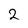
Character: 2